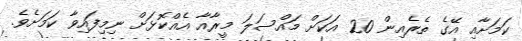
ކަމަށާއި އޭގެ ތެރެއިން 20 އަކަށް މައްސަލަ މީރާއާ އެއްކޮޅަށް ނިމިފައިވާ ކަމަށެވެ.